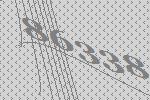
86338